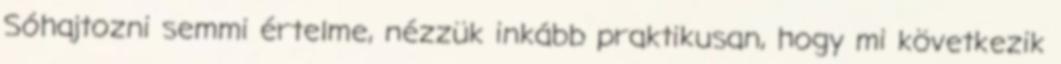
Sóhajtozni semmi értelme, nézzük inkább praktikusan, hogy mi következik